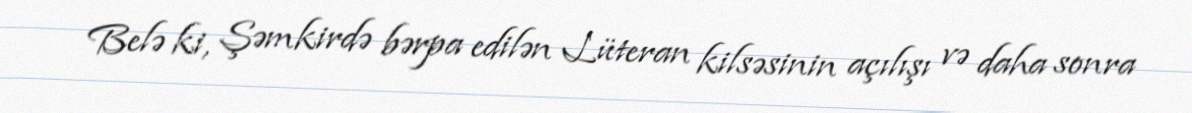
Belə ki, Şəmkirdə bərpa edilən Lüteran kilsəsinin açılışı və daha sonra